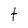
Character: t